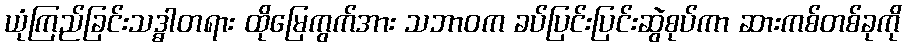
ယုံကြည်ခြင်းသဒ္ဓါတရား ထိုမြေကွက်အား သဘာဝက ခပ်ပြင်းပြင်းဆွဲစုပ်ကာ ဆားကစ်တစ်ခုကို